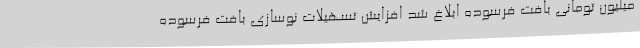
میلیون تومانی بافت فرسوده ابلاغ شد افزایش تسهیلات نوسازی بافت فرسوده